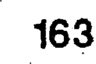
163